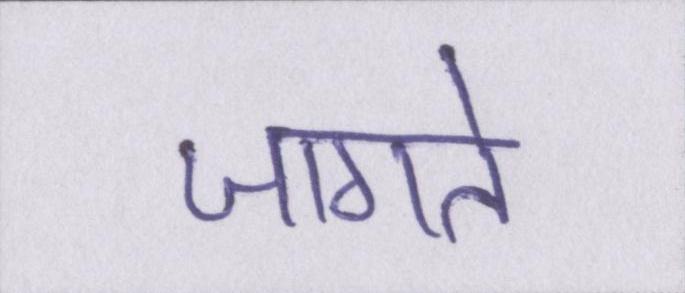
जागते